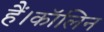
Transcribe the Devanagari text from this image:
हैं।कॉलिन